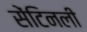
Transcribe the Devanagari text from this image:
सेंटिनली